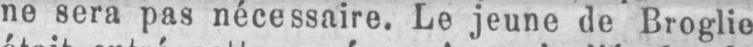
ne sera pas nécessaire. Le jeune de Broglie